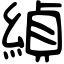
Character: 緽